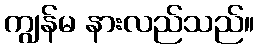
ကျွန်မ နားလည်သည်။